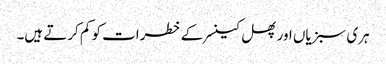
ہری سبزیاں اور پھل کینسر کے خطرات کو کم کرتے ہیں۔